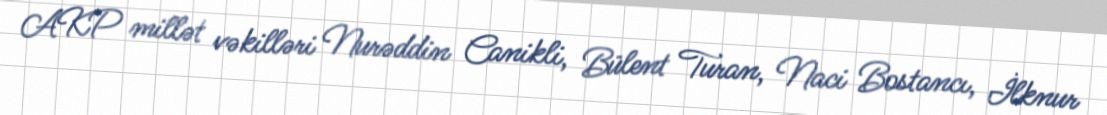
AKP millət vəkilləri Nurəddin Canikli, Bülent Turan, Naci Bostancı, İlknur